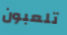
تلعبون